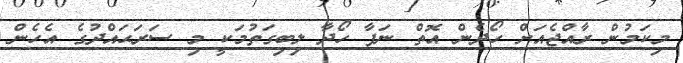
މިކަމުން ރާއްޖެއަށް ހޯދެން އޮތް ނަފާ ހޯދާ ލިބިގަތުމަކީ މި ސަރަޙައްދުގެ އެހެން